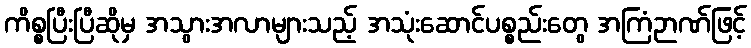
ကိစ္စပြီးပြီဆိုမှ အသွားအလာများသည့် အသုံးဆောင်ပစ္စည်းတွေ အကြံဉာဏ်ဖြင့်